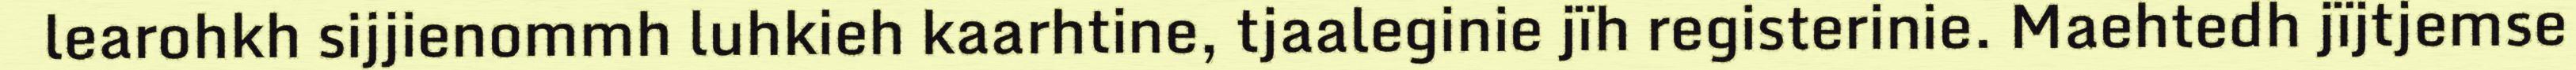
learohkh sijjienommh luhkieh kaarhtine, tjaaleginie jïh registerinie. Maehtedh jïjtjemse